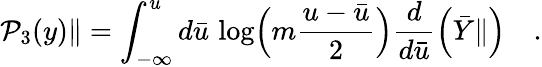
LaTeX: {\cal P}_{3}(y)\| =\int_{-\infty}^{u}d{\bar{u}}\, \log\Bigl(m\frac{u-{\bar{u}}}{2}\Bigr)\frac{d}{d{\bar{u}}}\Bigl({\bar{Y}}\| \Bigr)\quad.